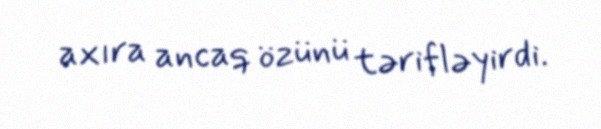
axıra ancaq özünü tərifləyirdi.